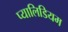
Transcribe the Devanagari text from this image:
प्यालिडियम